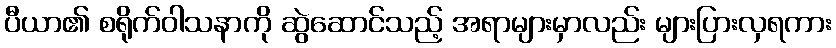
ပီယာ၏ စရိုက်ဝါသနာကို ဆွဲဆောင်သည့် အရာများမှာလည်း များပြားလှရကား